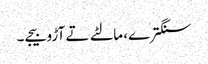
سنگترے، مالٹے تے آڑو بیجے۔